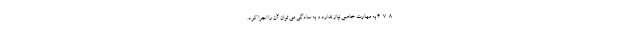
4-7-8 به مهارت خاصی نیاز ندارد و به سادگی می توان آن را اجرا کرد.